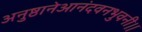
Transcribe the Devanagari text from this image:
अनुष्ठानेआनंदवनभुवनी।।